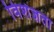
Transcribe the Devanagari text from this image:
विशेज्ञता